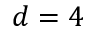
d = 4